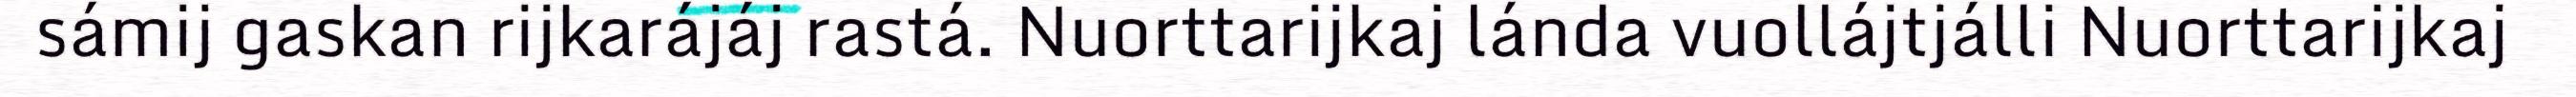
sámij gaskan rijkarájáj rastá. Nuorttarijkaj lánda vuollájtjálli Nuorttarijkaj